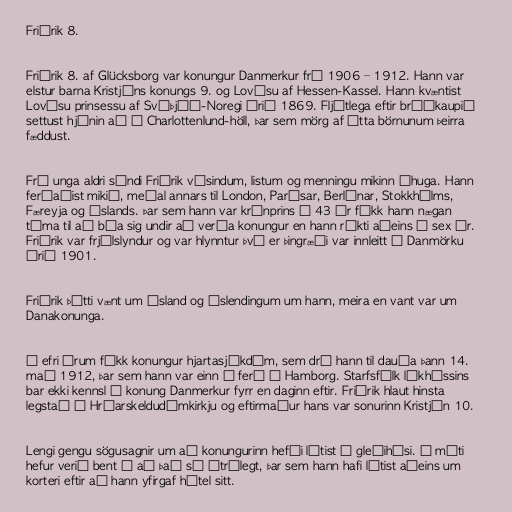
Friðrik 8.

Friðrik 8. af Glücksborg var konungur Danmerkur frá 1906 – 1912. Hann var
elstur barna Kristjáns konungs 9. og Lovísu af Hessen-Kassel. Hann kvæntist
Lovísu prinsessu af Svíþjóð-Noregi árið 1869. Fljótlega eftir brúðkaupið
settust hjónin að í Charlottenlund-höll, þar sem mörg af átta börnunum þeirra
fæddust.

Frá unga aldri sýndi Friðrik vísindum, listum og menningu mikinn áhuga. Hann
ferðaðist mikið, meðal annars til London, Parísar, Berlínar, Stokkhólms,
Færeyja og Íslands. Þar sem hann var krónprins í 43 ár fékk hann nægan
tíma til að búa sig undir að verða konungur en hann ríkti aðeins í sex ár.
Friðrik var frjálslyndur og var hlynntur því er þingræði var innleitt í Danmörku
árið 1901.

Friðrik þótti vænt um Ísland og Íslendingum um hann, meira en vant var um
Danakonunga.

Á efri árum fékk konungur hjartasjúkdóm, sem dró hann til dauða þann 14.
maí 1912, þar sem hann var einn á ferð í Hamborg. Starfsfólk líkhússins
bar ekki kennsl á konung Danmerkur fyrr en daginn eftir. Friðrik hlaut hinsta
legstað í Hróarskeldudómkirkju og eftirmaður hans var sonurinn Kristján 10.

Lengi gengu sögusagnir um að konungurinn hefði látist á gleðihúsi. Á móti
hefur verið bent á að það sé ótrúlegt, þar sem hann hafi látist aðeins um
korteri eftir að hann yfirgaf hótel sitt.